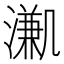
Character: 𣽳